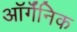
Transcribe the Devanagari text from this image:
ऑर्गॅनिक